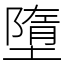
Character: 墮